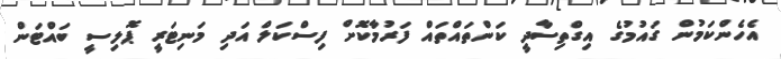
އެހެންކަމުން ގައުމުގެ އިގްތިސާދީ ކަންތައްތައް ފަރުމާކޮށް ފިސްކަލް އަދި މަނިޓަރީ ޕޮލިސީ ބައްޓަން